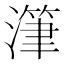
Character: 潷